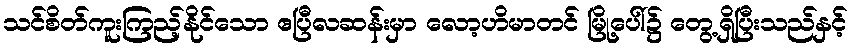
သင်စိတ်ကူးကြည့်နိုင်သော ဧပြီလဆန်းမှာ လော့ဟိမာတင် မြို့ပေါ်၌ တွေ့ရှိပြီးသည်နှင့်